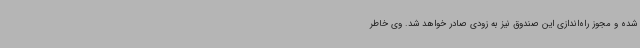
شده و مجوز راه‌اندازی این صندوق نیز به زودی صادر خواهد شد. وی خاطر